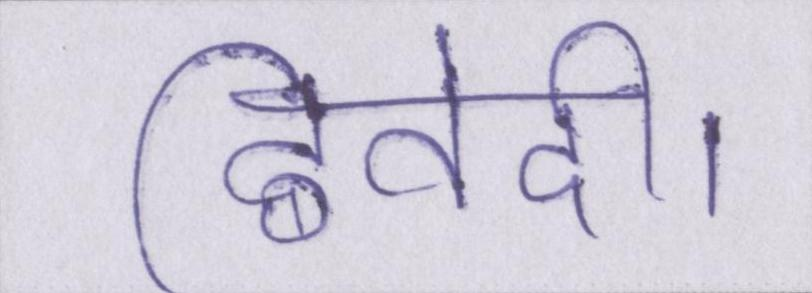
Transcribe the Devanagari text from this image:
द्विवेदी।